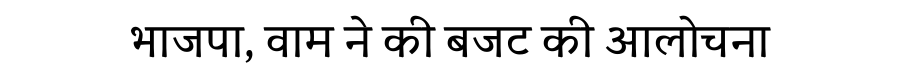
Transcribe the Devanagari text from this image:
भाजपा, वाम ने की बजट की आलोचना